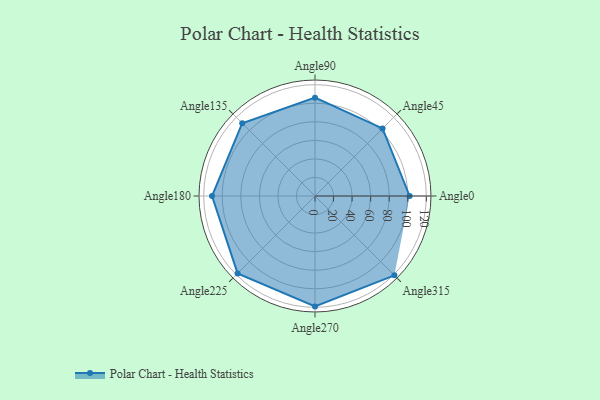
{"axis": {"x": "Angle", "y": "Radius"}, "legend": [""], "data": [{"x": "Angle0", "y": 102.0, "type": ""}, {"x": "Angle45", "y": 103.0, "type": ""}, {"x": "Angle90", "y": 106.0, "type": ""}, {"x": "Angle135", "y": 111.0, "type": ""}, {"x": "Angle180", "y": 111.0, "type": ""}, {"x": "Angle225", "y": 118.0, "type": ""}, {"x": "Angle270", "y": 119.0, "type": ""}, {"x": "Angle315", "y": 121.0, "type": ""}]}